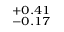
^ { + 0 . 4 1 } _ { - 0 . 1 7 }